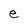
Character: e